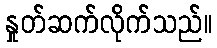
နှုတ်ဆက်လိုက်သည်။